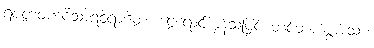
ရဇတဝဏ္ဏဝိသာရဝိရာဇိတံ၊ ငွေရောင်ကွန့်သဖြင့် တင့်တယ်စွာသော။